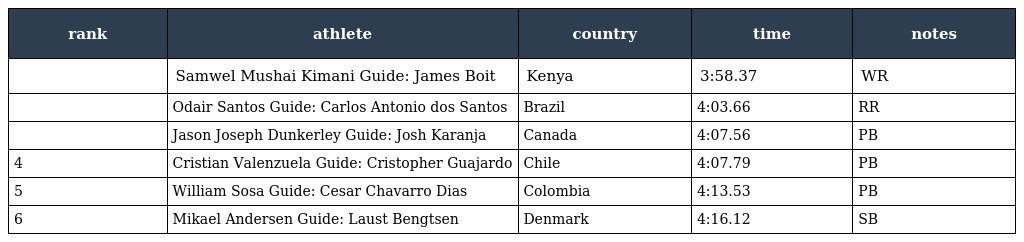
| rank | athlete | country | time | notes |
 | --- | --- | --- | --- | --- |
 |  | Samwel Mushai Kimani Guide: James Boit | Kenya | 3:58.37 | WR |
 |  | Odair Santos Guide: Carlos Antonio dos Santos | Brazil | 4:03.66 | RR |
 |  | Jason Joseph Dunkerley Guide: Josh Karanja | Canada | 4:07.56 | PB |
 | 4 | Cristian Valenzuela Guide: Cristopher Guajardo | Chile | 4:07.79 | PB |
 | 5 | William Sosa Guide: Cesar Chavarro Dias | Colombia | 4:13.53 | PB |
 | 6 | Mikael Andersen Guide: Laust Bengtsen | Denmark | 4:16.12 | SB |